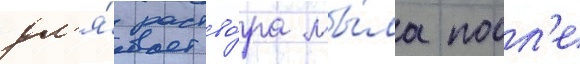
дл'я́ раство́ра мы́ла посл'е